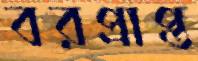
বরপ্রাপ্ত